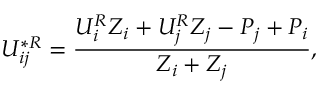
U _ { i j } ^ { * R } = \frac { U _ { i } ^ { R } Z _ { i } + U _ { j } ^ { R } Z _ { j } - P _ { j } + P _ { i } } { Z _ { i } + Z _ { j } } ,